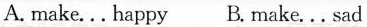
A. make... happy B. make... sad